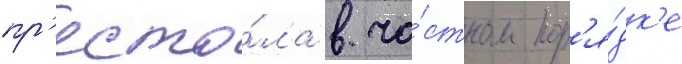
пр'есто́ла в ча́стном пор'я́дк'е